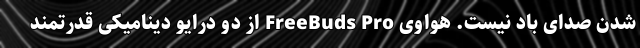
شدن صدای باد نیست. هواوی FreeBuds Pro از دو درایو دینامیکی قدرتمند